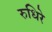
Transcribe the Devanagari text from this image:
रुधिरे